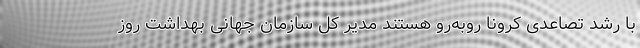
با رشد تصاعدی کرونا روبه‌رو هستند مدیر کل سازمان جهانی بهداشت روز